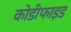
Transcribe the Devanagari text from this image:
कोडीफाइड